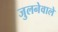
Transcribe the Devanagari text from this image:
जुलनेवाले